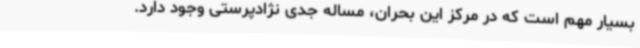
بسیار مهم است که در مرکز این بحران، مساله جدی نژادپرستی وجود دارد.